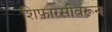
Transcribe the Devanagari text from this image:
शिफारसीवरून